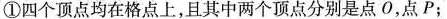
①四个顶点均在格点上，且其中两个顶点分别是点O，点P；